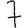
Digit: 7